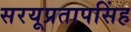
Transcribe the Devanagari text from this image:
सरयूप्रतापसिंह